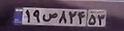
۱۹ص۸۲۴۵۳